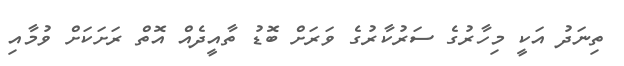
ތިނަދު އަކީ މިހާރުގެ ސަރުކާރުގެ ވަރަށް ބޮޑު ތާއީދެއް އޮތް ރަށަކަށް ވުމާއި